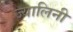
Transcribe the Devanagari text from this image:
ज्यालिनी